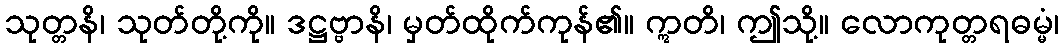
သုတ္တနိ၊ သုတ်တို့ကို။ ဒဋ္ဌဗ္ဗာနိ၊ မှတ်ထိုက်ကုန်၏။ ဣတိ၊ ဤသို့။ လောကုတ္တရဓမ္မံ၊